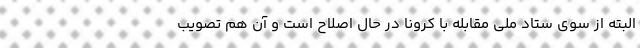
البته از سوی ستاد ملی مقابله با کرونا در حال اصلاح است و آن هم تصویب